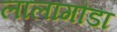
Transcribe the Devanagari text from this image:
लालागौडा